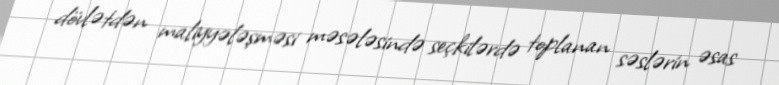
dövlətdən maliyyələşməsi məsələsində seçkilərdə toplanan səslərin əsas